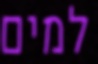
למים